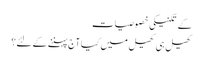
کے تکنیکی خصوصیات
کھیل ہی کھیل میں کیا آج پہننے کے لئے؟